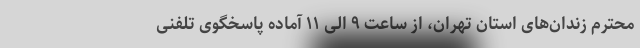
محترم زندان‌های استان تهران، از ساعت ۹ الی ۱۱ آماده پاسخگوی تلفنی